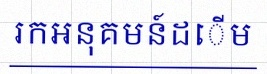
រកអនុគមន៍ដើម